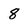
Character: 8